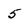
Character: 5